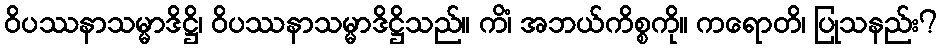
ဝိပဿနာသမ္မာဒိဋ္ဌိ၊ ဝိပဿနာသမ္မာဒိဋ္ဌိသည်။ ကိံ၊ အဘယ်ကိစ္စကို။ ကရောတိ၊ ပြုသနည်း?